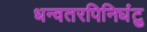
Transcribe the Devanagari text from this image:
धन्वतरपिनिघंटु